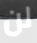
لن